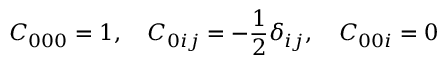
C _ { 0 0 0 } = 1 , \quad C _ { 0 i j } = - \frac { 1 } { 2 } \delta _ { i j } , \quad C _ { 0 0 i } = 0